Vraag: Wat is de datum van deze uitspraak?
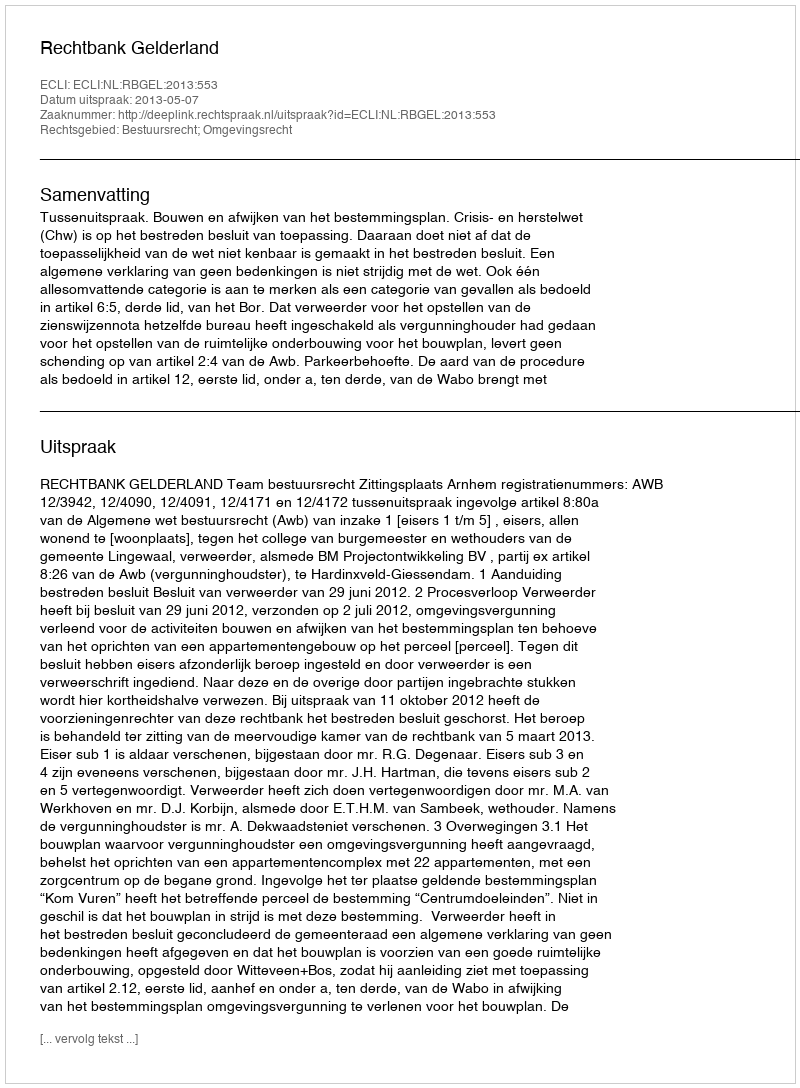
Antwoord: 2013-05-07